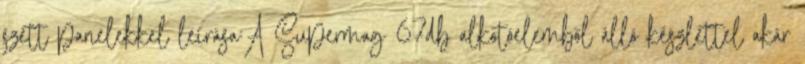
szett panelekkel leírása:A Supermag 67db alkotóelemből álló készlettel akár